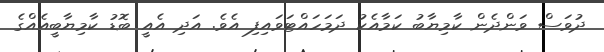
ދުވަސް ވަންދެން ކާމިޔާބު ކަމާއެކު ދަމަހައްޓަވައިފި އެވެ. އަދި އެއީ ބޮޑު ކާމިޔާބީއެއްގެ